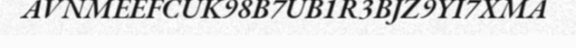
AVNMEEFCUK98B7UB1R3BJZ9YI7XMA